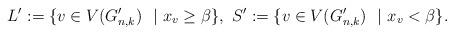
LaTeX: \begin{align*} L^{\prime}:=\{v\in V(G_{n,k}^{\prime})\ \ | \ x_v\ge \beta\}, \ S^{\prime}:=\{v\in V(G_{n,k}^{\prime})\ \ | \ x_v< \beta\}.\end{align*}